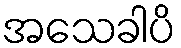
အသေခါပိ